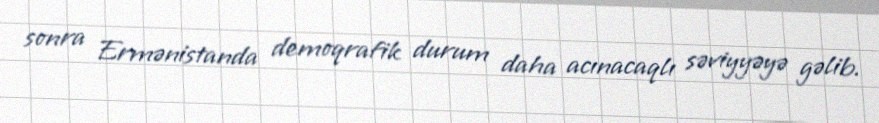
sonra Ermənistanda demoqrafik durum daha acınacaqlı səviyyəyə gəlib.